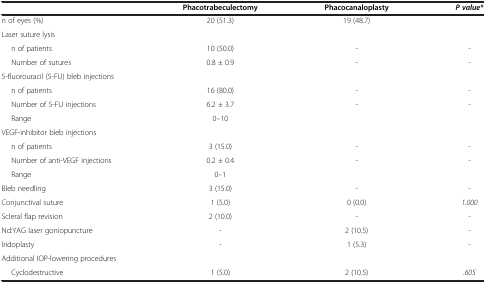
<table><thead><tr><td><b> </b></td><td><b>Phacotrabeculectomy</b></td><td><b>Phacocanaloplasty</b></td><td><b><i>P value*</i></b></td></tr></thead><tbody><tr><td>n of eyes (%)</td><td>20 (51.3)</td><td>19 (48.7)</td><td> </td></tr><tr><td>Laser suture lysis</td><td> </td><td> </td><td> </td></tr><tr><td>n of patients</td><td>10 (50.0)</td><td>-</td><td><i>-</i></td></tr><tr><td>Number of sutures</td><td>0.8 ± 0.9</td><td>-</td><td><i>-</i></td></tr><tr><td>5-fluorouracil (5-FU) bleb injections</td><td> </td><td> </td><td> </td></tr><tr><td>n of patients</td><td>16 (80.0)</td><td>-</td><td><i>-</i></td></tr><tr><td>Number of 5-FU injections</td><td>6.2 ± 3.7</td><td>-</td><td><i>-</i></td></tr><tr><td>Range</td><td>0–10</td><td> </td><td> </td></tr><tr><td>VEGF-inhibitor bleb injections</td><td> </td><td> </td><td> </td></tr><tr><td>n of patients</td><td>3 (15.0)</td><td>-</td><td><i>-</i></td></tr><tr><td>Number of anti-VEGF injections</td><td>0.2 ± 0.4</td><td>-</td><td><i>-</i></td></tr><tr><td>Range</td><td>0–1</td><td> </td><td> </td></tr><tr><td>Bleb needling</td><td>3 (15.0)</td><td>-</td><td><i>-</i></td></tr><tr><td>Conjunctival suture</td><td>1 (5.0)</td><td>0 (0.0)</td><td><i>1.000</i></td></tr><tr><td>Scleral flap revision</td><td>2 (10.0)</td><td>-</td><td><i>-</i></td></tr><tr><td>Nd:YAG laser goniopuncture</td><td>-</td><td>2 (10.5)</td><td><i>-</i></td></tr><tr><td>Iridoplasty</td><td>-</td><td>1 (5.3)</td><td><i>-</i></td></tr><tr><td>Additional IOP-lowering procedures</td><td> </td><td> </td><td> </td></tr><tr><td>Cyclodestructive</td><td>1 (5.0)</td><td>2 (10.5)</td><td><i>.605</i></td></tr></tbody></table>